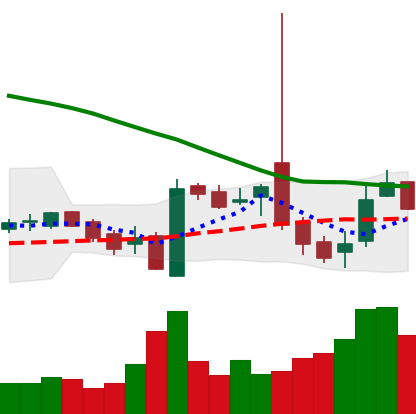
Ticker: LTC-USD
Chart end date: 2016-10-24
Forward return: 5.724%
Label: up_5_7